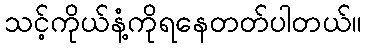
သင့်ကိုယ်နံ့ကိုရနေတတ်ပါတယ်။